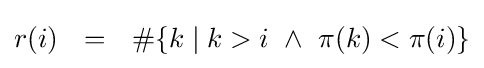
r(i)~~=~~\#\{k\mid k>i~\land ~\pi (k)<\pi (i)\}